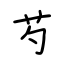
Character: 芍